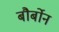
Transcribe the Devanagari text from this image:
बौर्बोन